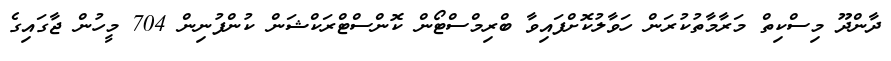
ދާންދޫ މިސްކިތް މަރާމާތުކުރަން ހަވާލުކޮށްފައިވާ ބްރިމްސްޓޯން ކޮންސްޓްރަކްޝަން ކުންފުނިން 704 މީހުން ޖާގައިގެ